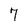
Character: 7